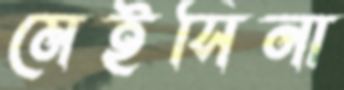
মেইসিনা